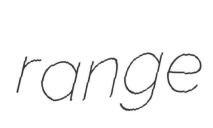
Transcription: range